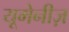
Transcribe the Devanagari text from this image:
यूमेनीज़